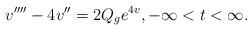
\begin{align*}v''''-4v''=2Q_ge^{4v}, -\infty<t<\infty.\end{align*}